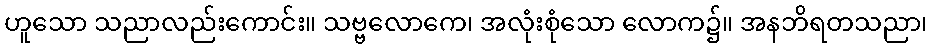
ဟူသော သညာလည်းကောင်း။ သဗ္ဗလောကေ၊ အလုံးစုံသော လောက၌။ အနဘိရတသညာ၊